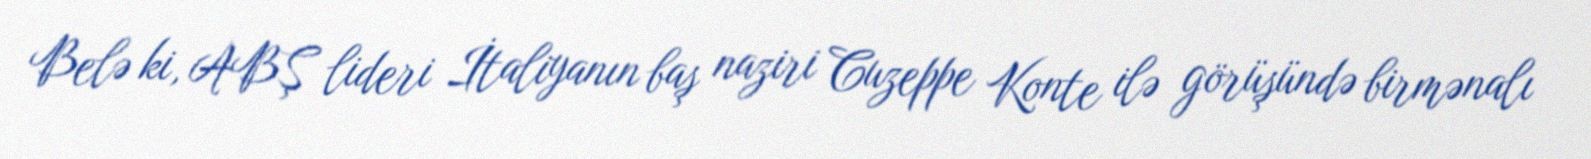
Belə ki, ABŞ lideri İtaliyanın baş naziri Cuzeppe Konte ilə görüşündə birmənalı